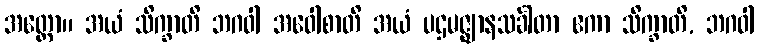
အတ္ထော။ အယံ သိက္ခာတိ ဘဂဝါ အဝေါစာတိ အယံ ပဌမဇ္ဈာနသင်္ခါတာ ဧကာ သိက္ခာတိ, ဘဂဝါ